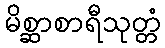
မိစ္ဆာစာရီသုတ္တံ